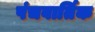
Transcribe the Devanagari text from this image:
पंचवार्तिक